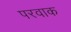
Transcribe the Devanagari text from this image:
परवाक